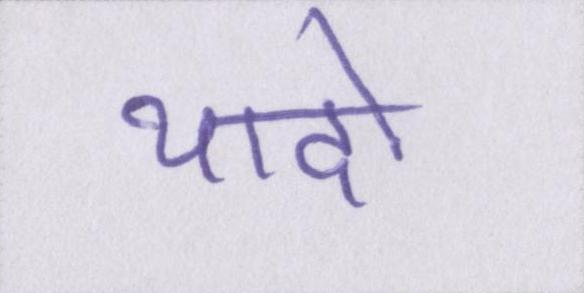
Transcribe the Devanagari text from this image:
यादो